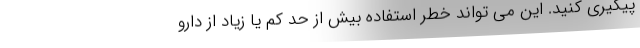
پیگیری کنید. این می تواند خطر استفاده بیش از حد کم یا زیاد از دارو